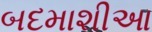
બદમાશીઆ